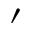
^ \prime